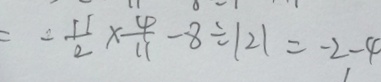
= - \frac { 1 1 } { 2 } \times \frac { 4 } { 1 1 } - 8 \div \vert 2 \vert = - 2 - 4